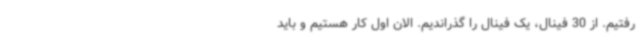
رفتیم. از 30 فینال، یک فینال را گذراندیم. الان اول کار هستیم و باید